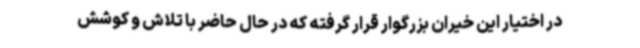
در اختیار این خیران بزرگوار قرار گرفته که در حال حاضر با تلاش و کوشش